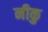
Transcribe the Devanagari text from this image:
नीकु